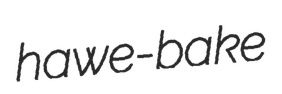
hawe-bake